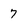
Character: 7